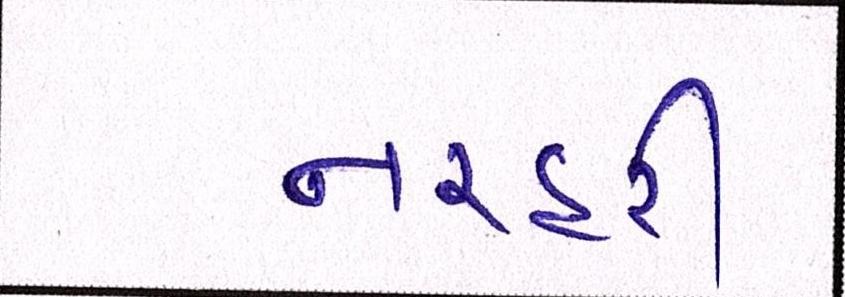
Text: નરહરી